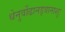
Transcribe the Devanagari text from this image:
धेनुर्वोढानड्वानाशुः